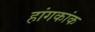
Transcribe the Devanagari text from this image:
हांगकांक